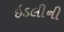
ઇડલીની